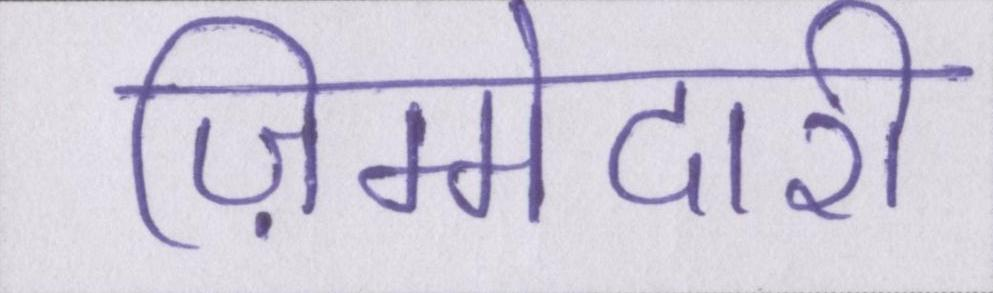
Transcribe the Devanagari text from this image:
ज़िम्मेदारी